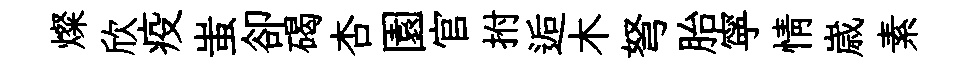
燦欣疫蚩卻碣杏園官拊逅木弩胎寜情𡻕素